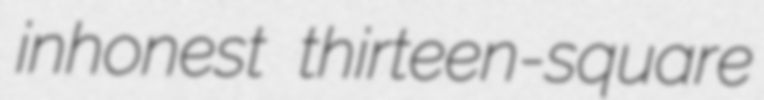
inhonest thirteen-square